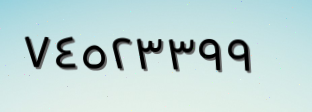
٧٤٥٢٣٣٩٩